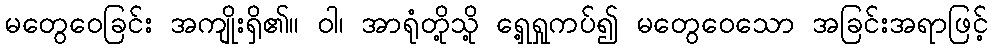
မတွေဝေခြင်း အကျိုးရှိ၏။ ဝါ၊ အာရုံတို့သို့ ရှေ့ရှုကပ်၍ မတွေဝေသော အခြင်းအရာဖြင့်